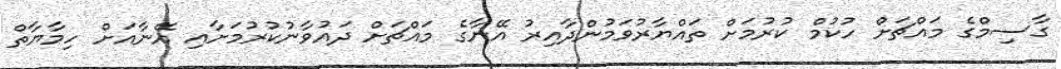
ގާސިމްގެ މައްޗަށް ހުކުމް ކުރުމަށް ތައްޔާރުވަމުންދާއިރު އޭނާގެ މައްޗަށް ދައުވާނުކުރުމަށާއި އޭނާއަށް ހިމާޔާތް